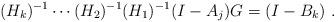
LaTeX: \begin{align*}(H_k)^{-1}\cdots (H_2)^{-1}(H_1)^{-1}(I-A_j)G =(I-B_k) \ .\end{align*}